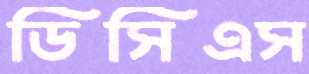
ডিসিএস